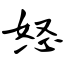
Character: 怒